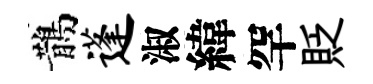
鵲蓬淑緯罕貶